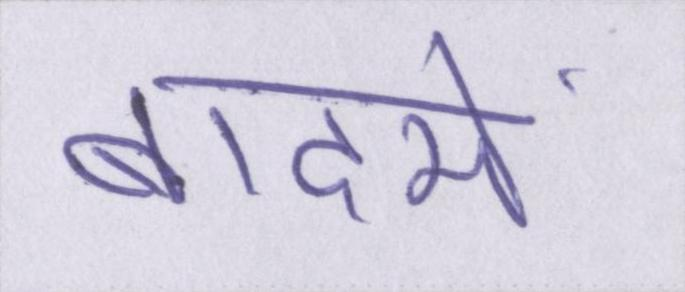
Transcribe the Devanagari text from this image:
बादमें